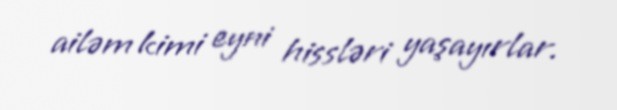
ailəm kimi eyni hissləri yaşayırlar.